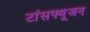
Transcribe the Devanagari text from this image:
टांसफ्यूजन